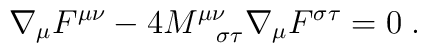
\nabla_{\mu} F^{\mu\nu} - 4 M^{\mu\nu}_{~~\sigma\tau}\nabla_{\mu} F^{\sigma\tau} = 0\; .